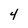
Character: 4